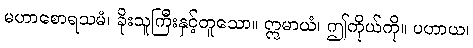
မဟာစောရသမံ၊ ခိုးသူကြီးနှင့်တူသော။ ဣမာယံ၊ ဤကိုယ်ကို။ ပဟာယ၊